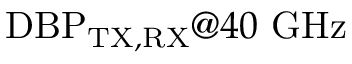
\mathrm { D B P } _ { \mathrm { T X , R X } } @ 4 0 ~ \mathrm { G H z }